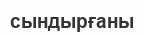
сындырғаны